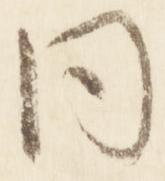
同